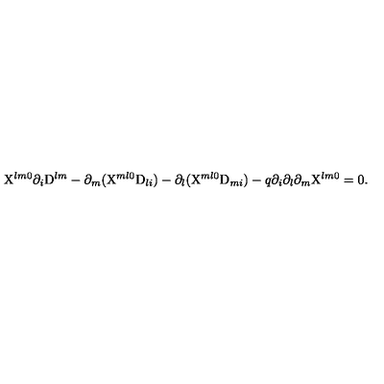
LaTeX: \mathrm { X } ^ { l m 0 } \partial _ { i } \mathrm { D } ^ { l m } - \partial _ { m } ( \mathrm { X } ^ { m l 0 } \mathrm { D } _ { l i } ) - \partial _ { l } ( \mathrm { X } ^ { m l 0 } \mathrm { D } _ { m i } ) - q { } \partial _ { i } \partial _ { l } \partial _ { m } \mathrm { X } ^ { l m 0 } = 0 .